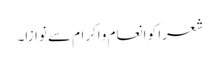
شعرا کو انعام و اکرام سے نوازا۔